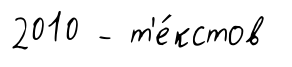
2010 - т'е́кстов